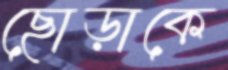
ছোড়াকে